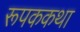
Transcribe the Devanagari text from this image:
रूपककथा